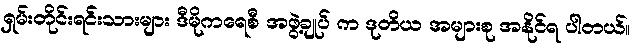
ရှမ်းတိုင်းရင်းသားများ ဒီမိုကရေစီ အဖွဲ့ချုပ် က ဒုတိယ အများစု အနိုင်ရ ပါတယ်။